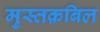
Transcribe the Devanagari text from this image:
मुस्तक़बिल